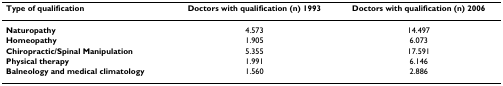
<table><thead><tr><td><b>Type of qualification</b></td><td><b>Doctors with qualification (n) 1993</b></td><td><b>Doctors with qualification (n) 2006</b></td></tr></thead><tbody><tr><td><b>Naturopathy</b></td><td>4.573</td><td>14.497</td></tr><tr><td><b>Homeopathy</b></td><td>1.905</td><td>6.073</td></tr><tr><td><b>Chiropractic/Spinal Manipulation</b></td><td>5.355</td><td>17.591</td></tr><tr><td><b>Physical therapy</b></td><td>1.991</td><td>6.146</td></tr><tr><td><b>Balneology and medical climatology</b></td><td>1.560</td><td>2.886</td></tr></tbody></table>